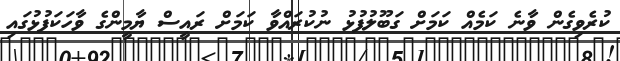
ކުރެވިގެން ވާނެ ކަމެއް ކަމަށް ގަބޫލުފުޅު ނުކުރައްވާ ކަމަށް ރައީސް ޔާމީންގެ ވާހަކަފުޅުގައި